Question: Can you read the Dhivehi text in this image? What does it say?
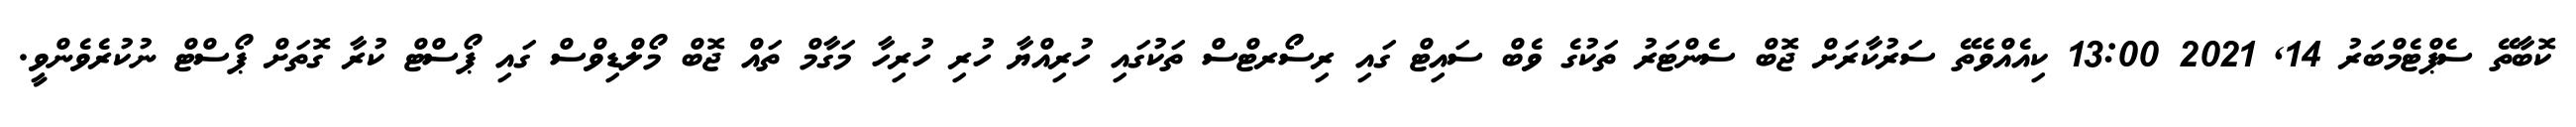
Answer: ކޮބާތޭ ސެޕްޓެމްބަރު 14, 2021 13:00 ކިއެއްވެތޭ ސަރުކާރަށް ޖޮބް ސެންޓަރު ތަކުގެ ވެބް ސައިޓް ގައި ރިސޯރޓްސް ތަކުގައި ހުރިއްޔާ ހުރި ހުރިހާ މަގާމް ތައް ޖޮބް މޯލްޑިވްސް ގައި ޕޯސްޓް ކުރާ ގޮތަށް ޕޯސްޓް ނުކުރެވެންވީ.